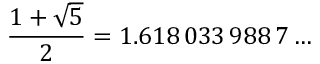
{ \frac { 1 + { \sqrt { 5 } } } { 2 } } = 1 . 6 1 8 \, 0 3 3 \, 9 8 8 \, 7 \dots